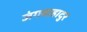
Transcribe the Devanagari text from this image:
जंगवाहादुर